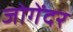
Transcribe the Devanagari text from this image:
जोगेंदर